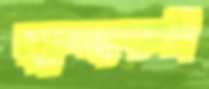
স্বাস্থ্যকর্মী